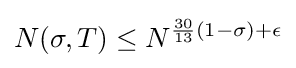
N(\sigma ,T)\leq N^{{\frac {30}{13}}(1-\sigma )+\epsilon }